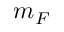
m _ { F }